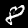
Digit: 8